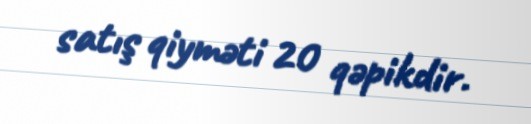
satış qiyməti 20 qəpikdir.